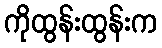
ကိုထွန်းထွန်းက